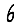
Digit: 6